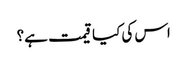
اس کی کیا قیمت ہے؟